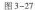
图3-27